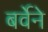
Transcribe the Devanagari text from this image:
बर्वेने